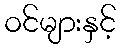
ဝင်များနှင့်